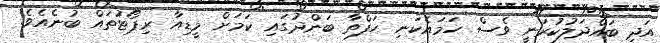
އަދި ބައްދަލުކުރަނީ ވެސް ހަމައެކަނި ހަފްތާ ބަންދުގައި ކަމަށް މީޑިއާ ރިޕޯޓުތައް ބުނެއެވެ.